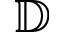
\mathbb D